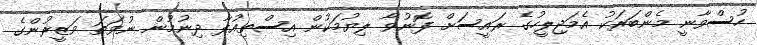
ހުސްވާނީ މެންބަރަކު އެމަޖިލީހުގެ ރައީސަށް ފޮނުވާ ލިޔުމަކުން އިސްތިޢުފާ ދިނުމުން ނުވަތަ ވަޒީރުންގެ